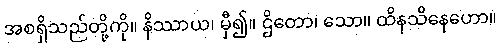
အစရှိသည်တို့ကို။ နိဿာယ၊ မှီ၍။ ဌိတော၊ သော။ ထိနသိနေဟော။